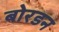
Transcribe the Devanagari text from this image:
बोरडन